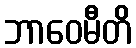
ဘာဝေမီတိ